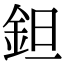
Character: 鉭